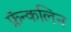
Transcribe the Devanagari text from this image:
फ्रॅन्कलिन